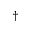
\dagger